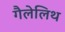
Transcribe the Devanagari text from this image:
गैलेलिथ